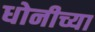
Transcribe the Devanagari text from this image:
धोनीच्या